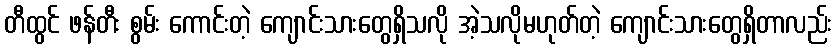
တီထွင် ဖန်တီး စွမ်း ကောင်းတဲ့ ကျောင်းသားတွေရှိသလို အဲ့သလိုမဟုတ်တဲ့ ကျောင်းသားတွေရှိတာလည်း